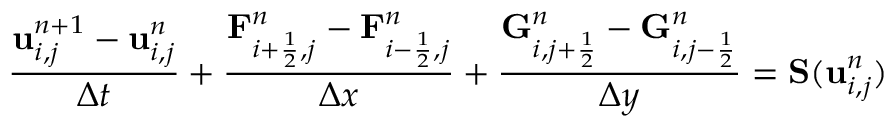
\frac { \mathbf u _ { i , j } ^ { n + 1 } - \mathbf u _ { i , j } ^ { n } } { \Delta t } + \frac { \mathbf F _ { i + \frac { 1 } { 2 } , j } ^ { n } - \mathbf F _ { i - \frac { 1 } { 2 } , j } ^ { n } } { \Delta x } + \frac { \mathbf G _ { i , j + \frac { 1 } { 2 } } ^ { n } - \mathbf G _ { i , j - \frac { 1 } { 2 } } ^ { n } } { \Delta y } = \mathbf S ( \mathbf u _ { i , j } ^ { n } )